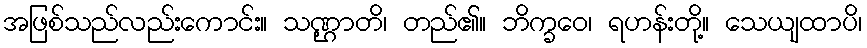
အဖြစ်သည်လည်းကောင်း။ သဏ္ဌာတိ၊ တည်၏။ ဘိက္ခဝေ၊ ရဟန်းတို့။ သေယျထာပိ၊